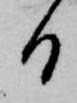
日